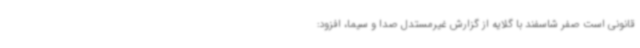
قانونی است صفر شاسفند با گلایه از گزارش غیرمستدل صدا و سیما، افزود: